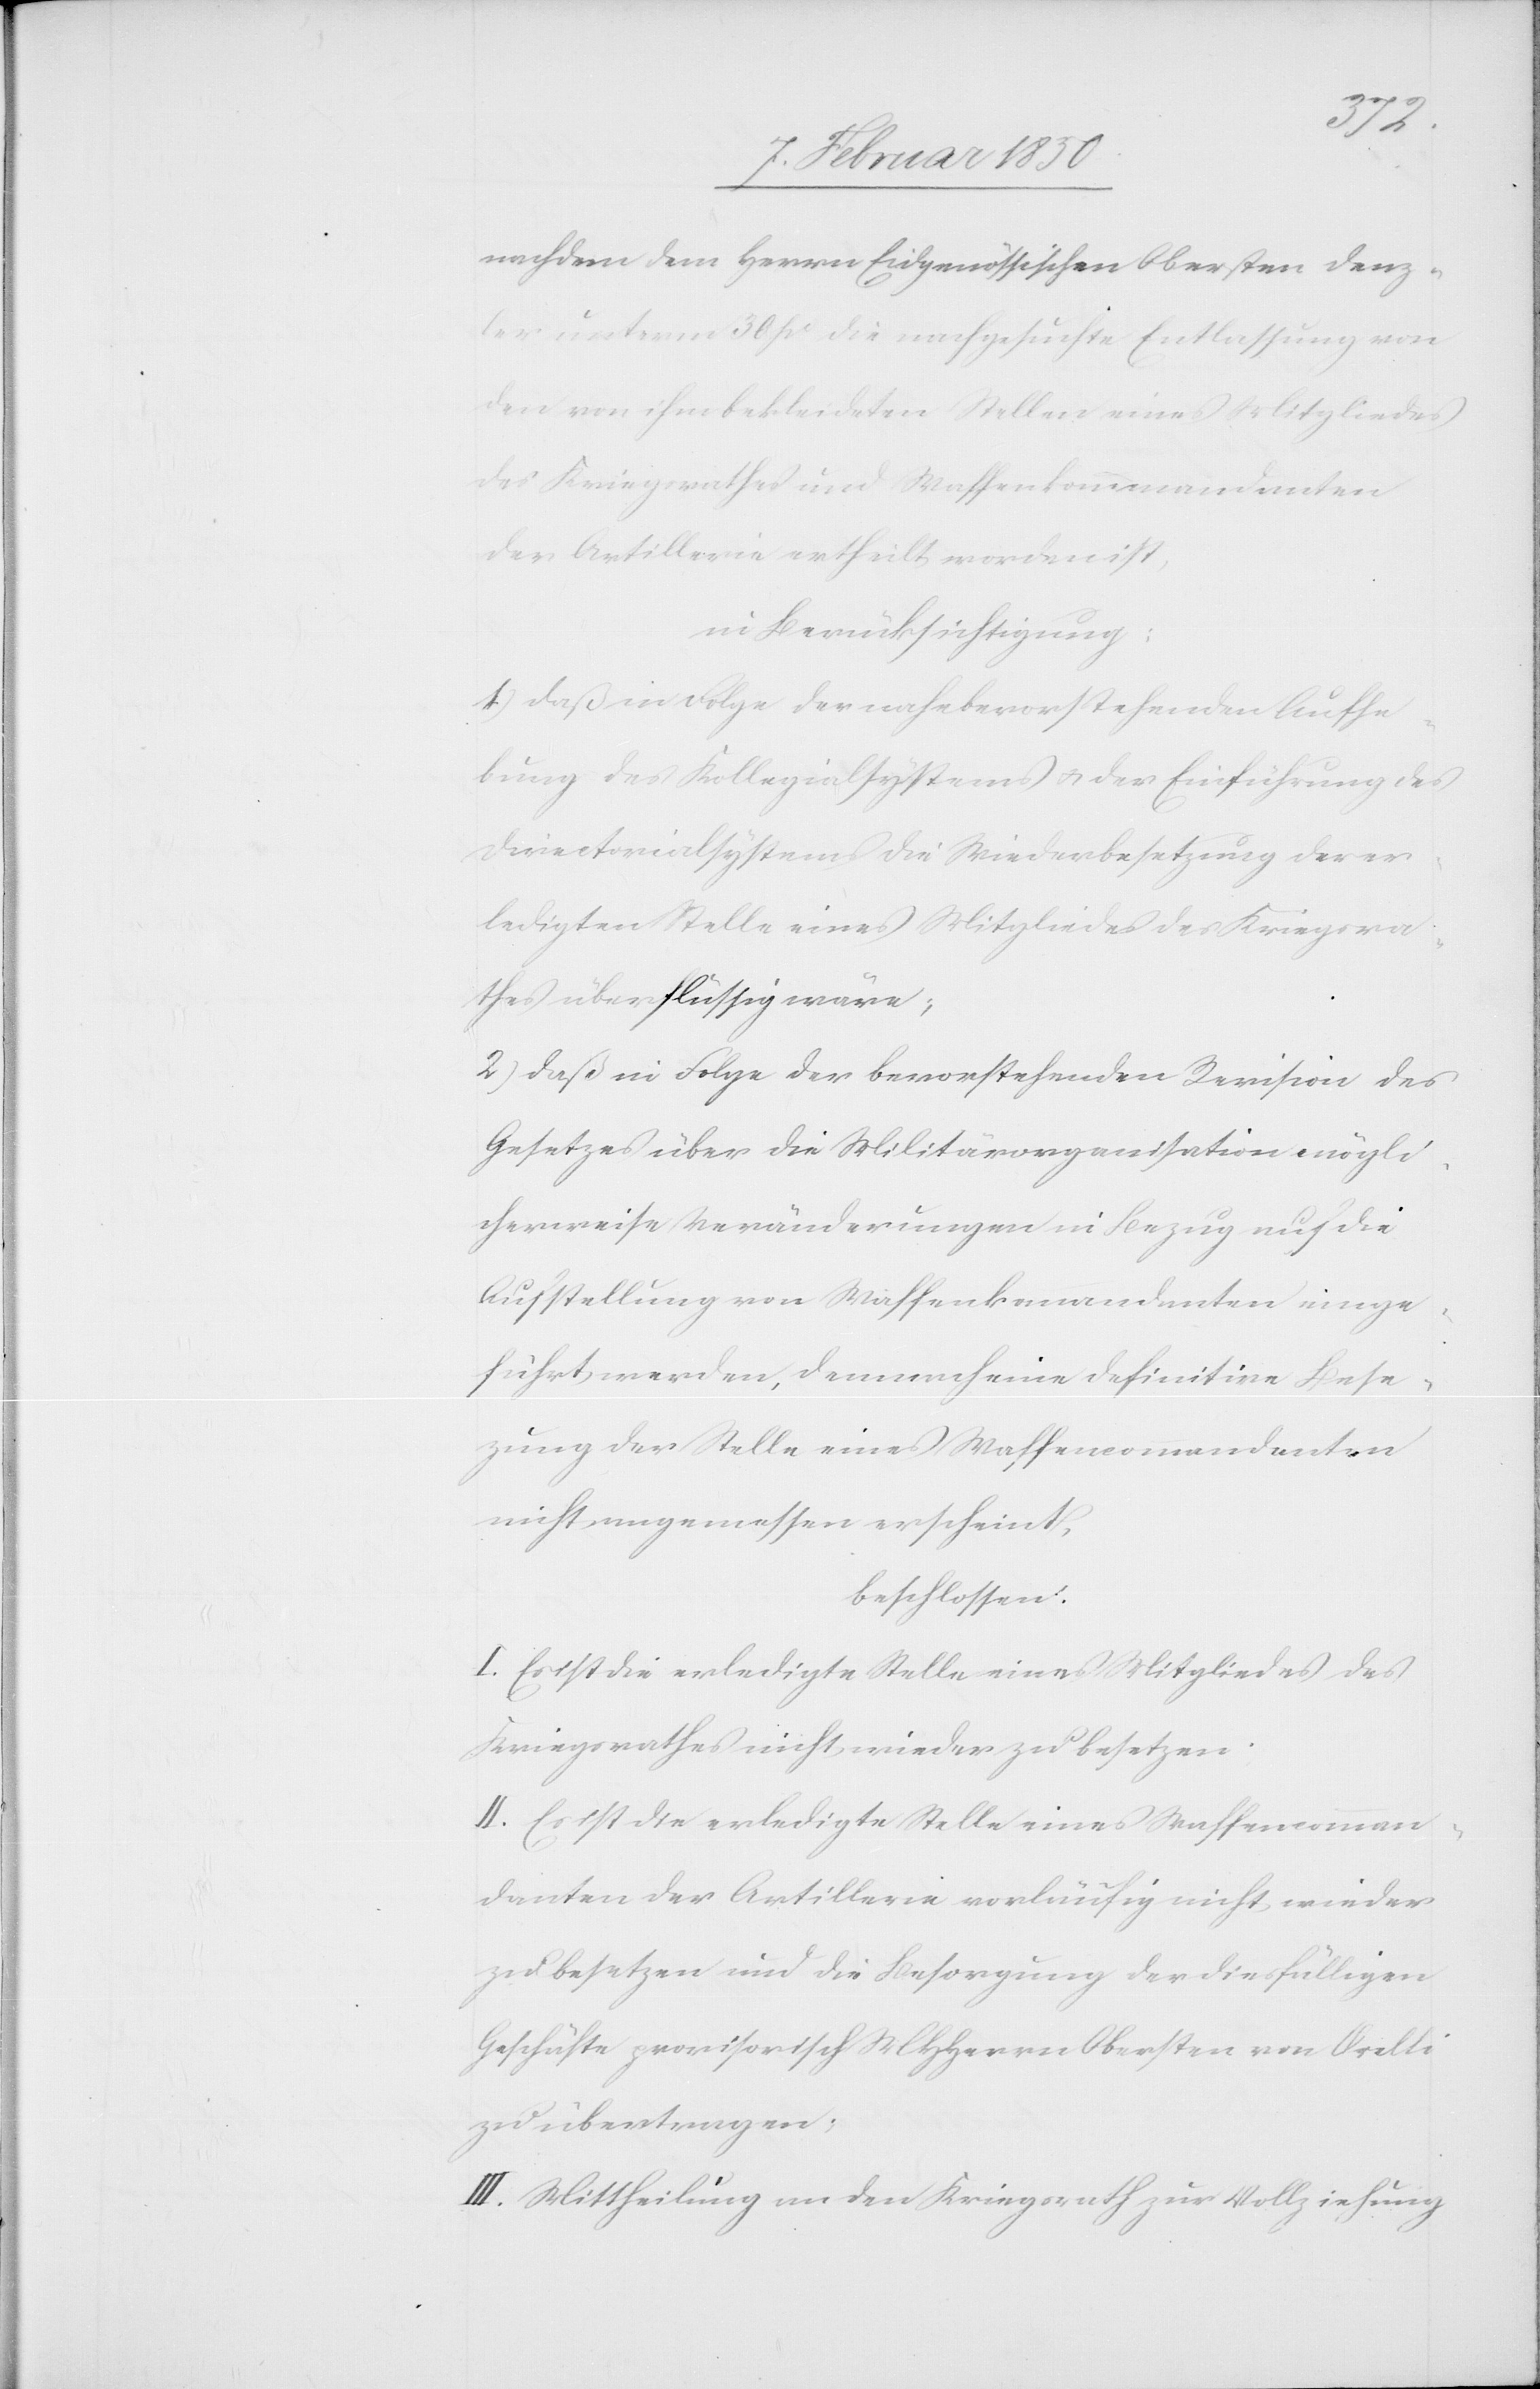
nachdem dem Herrn Eidgenössischen Obersten Denz¬
ler unterm 30 po die nachgesuchte Entlassung von
den von ihm bekleideten Stellen eines Mitgliedes
des Kriegsrathes und Waffenkommandanten
der Artillerie ertheilt worden ist,
in Berücksichtigung:
1) Daß in Folge der nahe bevorstehenden Aufhe¬
bung des Kollegialsystems u. der Einführung des
Directorialsystems die Wiederbesetzung der er¬
ledigten Stelle eines Mitgliedes des Kriegsra¬
thes überflüssig wäre;
2) Daß in Folge der bevorstehenden Revision des
Gesetzes über die Militärorganisation mögli¬
cherweise Veränderungen in Bezug auf die
Aufstellung von Waffenkommandanten einge¬
führt werden, demnach eine definitive Bese¬
zung der Stelle eines Waffencommandanten
nicht angemessen erscheint,
beschlossen:
I. Es ist die erledigte Stelle eines Mitgliedes des
Kriegsrathes nicht wieder zu besetzen.
II. Es ist die erledigte Stelle eines Waffencomman¬
danten der Artillerie vorläufig nicht wieder
zu besetzen und die Besorgung der diesfälligen
Geschäfte provisorisch MHHerrn Obersten von Orelli
zu übertragen;
III. Mittheilung an den Kriegsrath zur Vollziehung